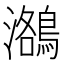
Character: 𪃕